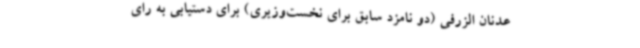
عدنان الزرفی (دو نامزد سابق برای نخست‌وزیری) برای دستیابی به رای